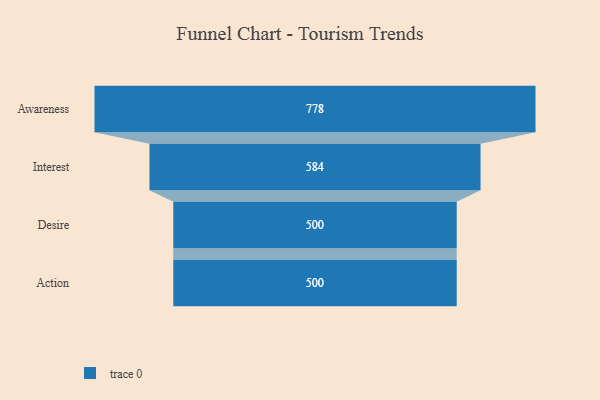
{"axis": {"x": "Stage", "y": "Value"}, "legend": [""], "data": [{"x": "Awareness", "y": 778.0, "type": ""}, {"x": "Interest", "y": 584.0, "type": ""}, {"x": "Desire", "y": 500, "type": ""}, {"x": "Action", "y": 500, "type": ""}]}